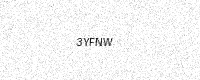
Text: 3YFNW